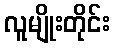
လူမျိုးတိုင်း